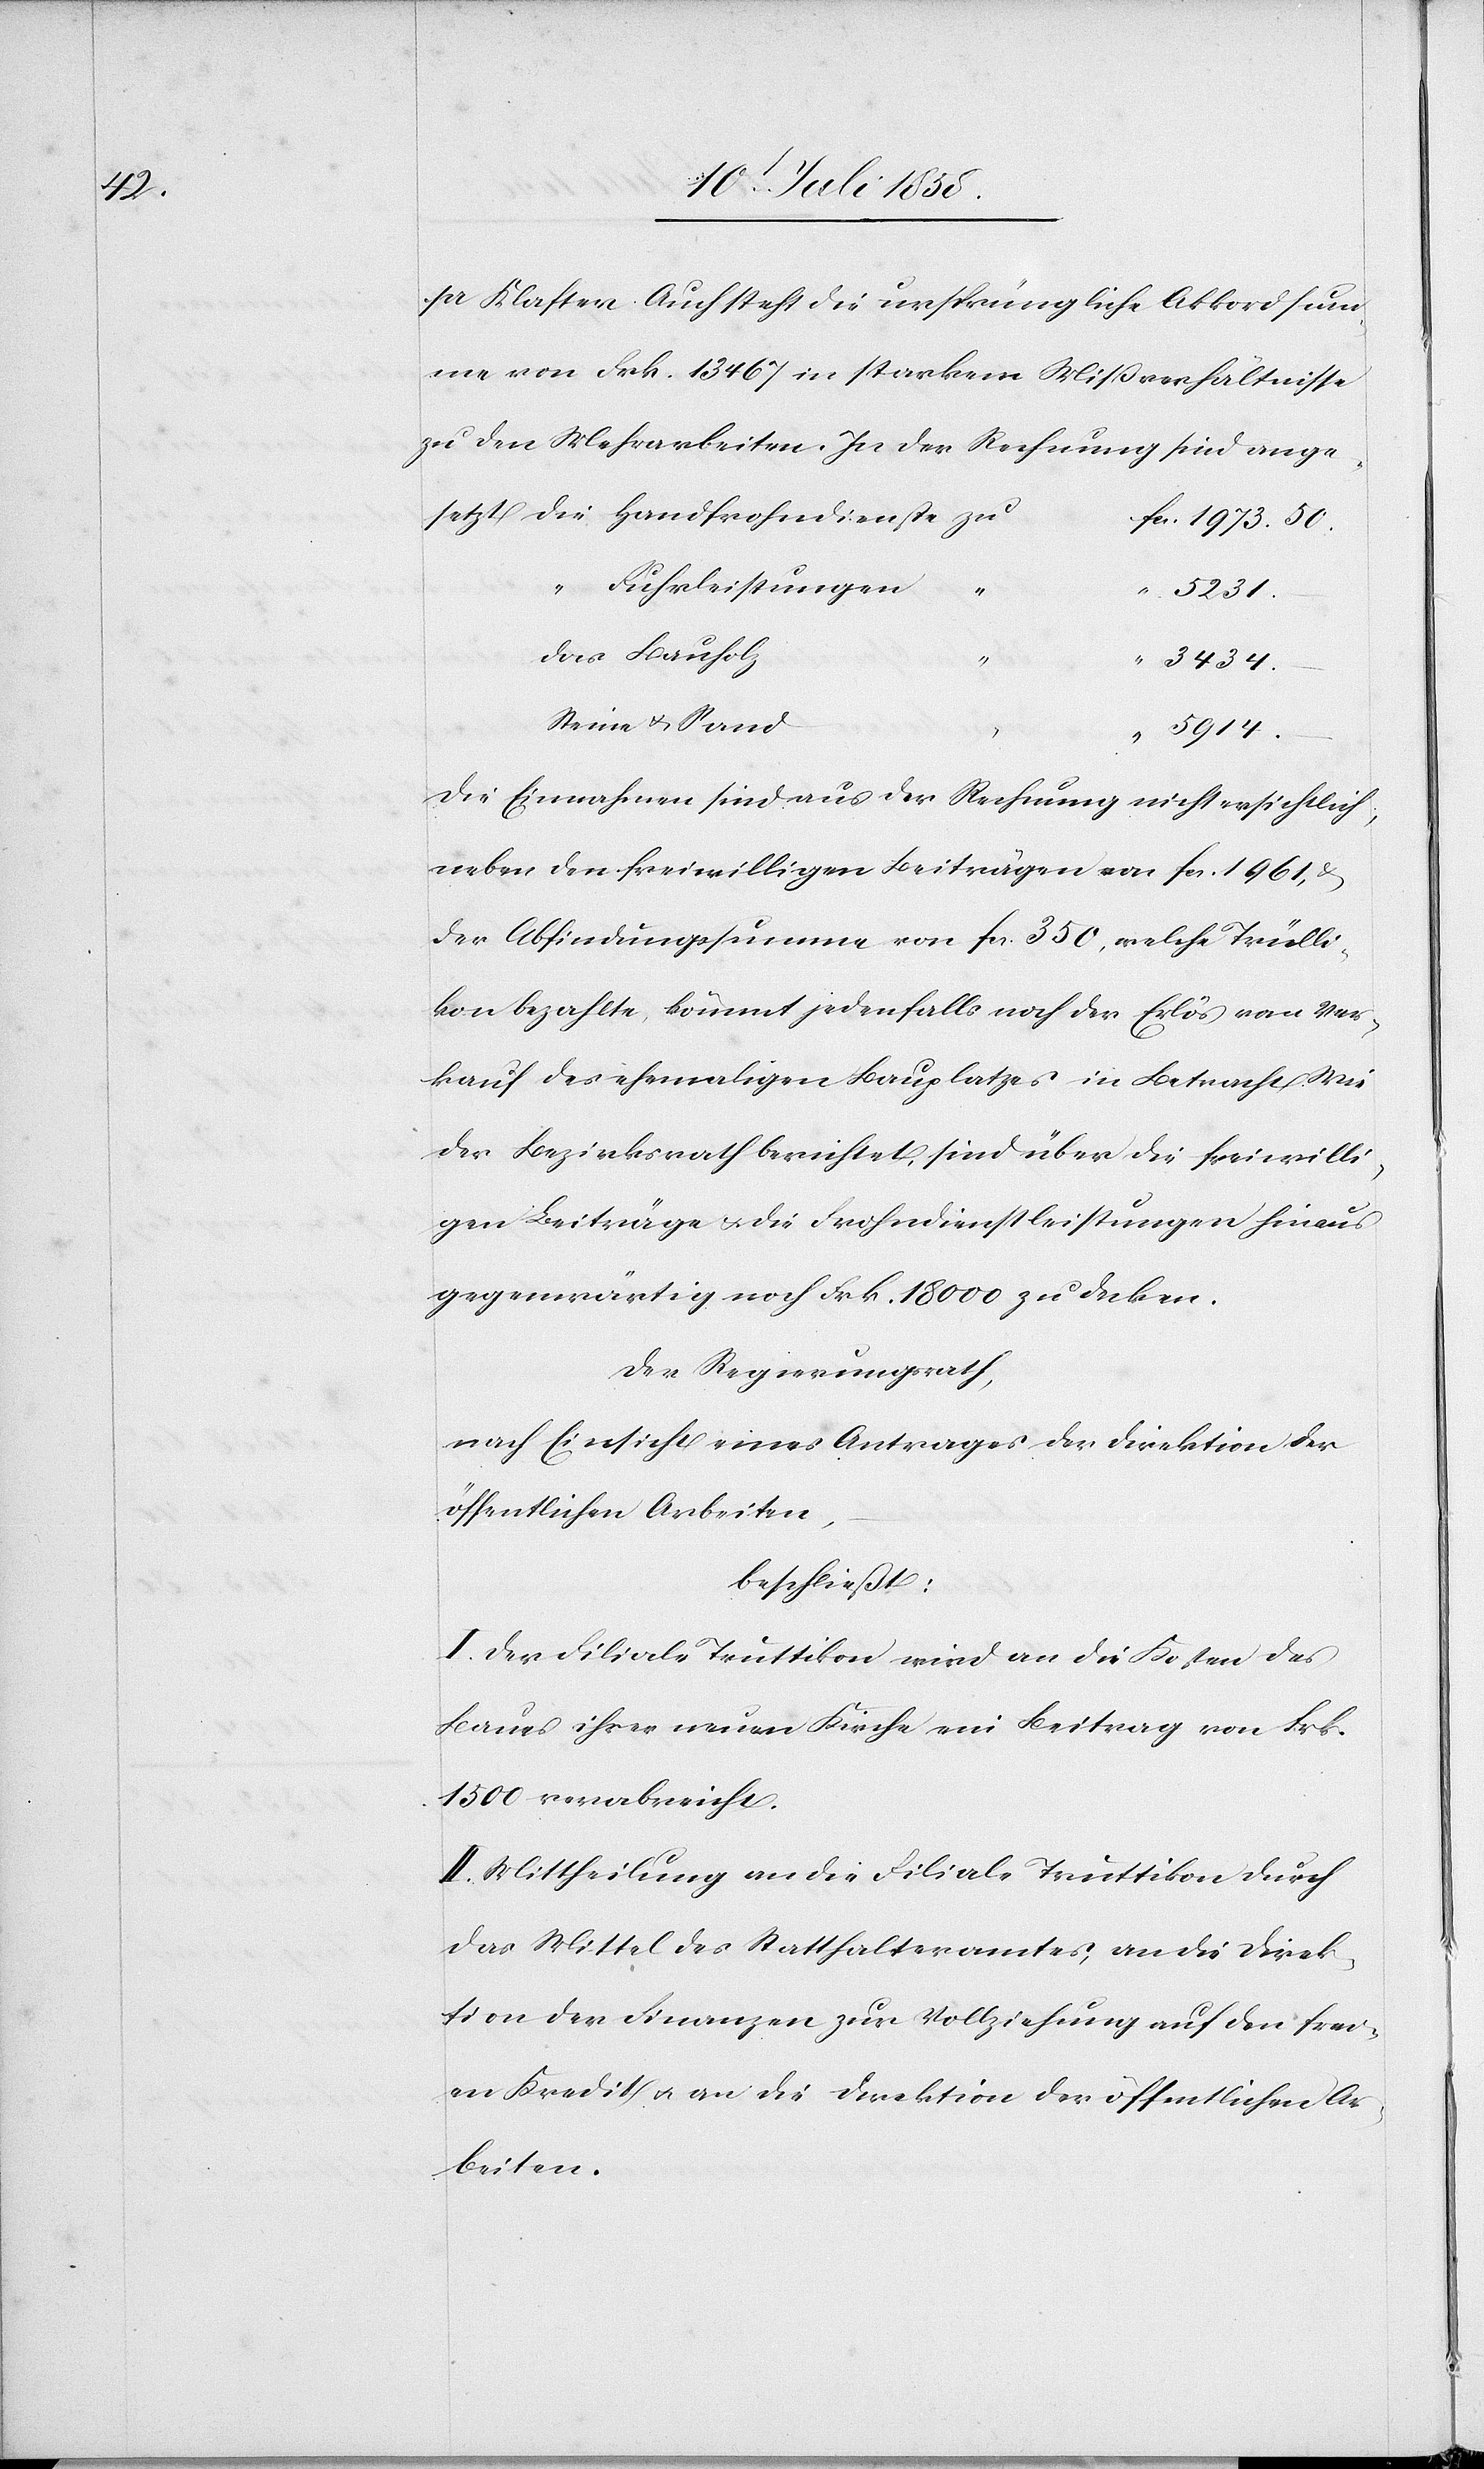
1973.

pr Klafter. Auch steht die ursprüngliche Akkordsum¬
me von Frk. 13 467 in starkem Mißverhältnisse
zu den Mehrarbeiten. In der Rechnung sind ange¬
Fuhrleistungen
setzt
“ 5231.
das Bauholz
“
3434.
Steine & Sand
50.
Die Einnahmen sind aus der Rechnung nicht ersichtlich;
neben den freiwilligen Beiträgen von fcs. 1961,
der Abfindungssumme von fcs. 350, welche Trülli¬
kon bezahlte, kömmt jedenfalls noch der Erlös vom Ver¬
kauf des ehemaligen Bauplatzes in Betracht. Wie
der Bezirksrath berichtet, sind über die freiwilli¬
gen Beiträge & die Frohndienstleistungen hinaus
gegenwärtig noch Frk. 18 000 zu decken.
Der Regierungsrath,
nach Einsicht eines Antrages der Direktion der
öffentlichen Arbeiten,
beschließt:
I. Der Filiale Truttikon wird an die Kosten des
Baues ihrer neuen Kirche ein Beitrag von Frk.
1500 verabreicht.
II. Mittheilung an die Filiale Truttikon durch
das Mittel des Statthalteramtes, an die Direk¬
tion der Finanzen zur Vollziehung auf den frei¬
en Kredit & an die Direktion der öffentlichen Ar¬
beiten.